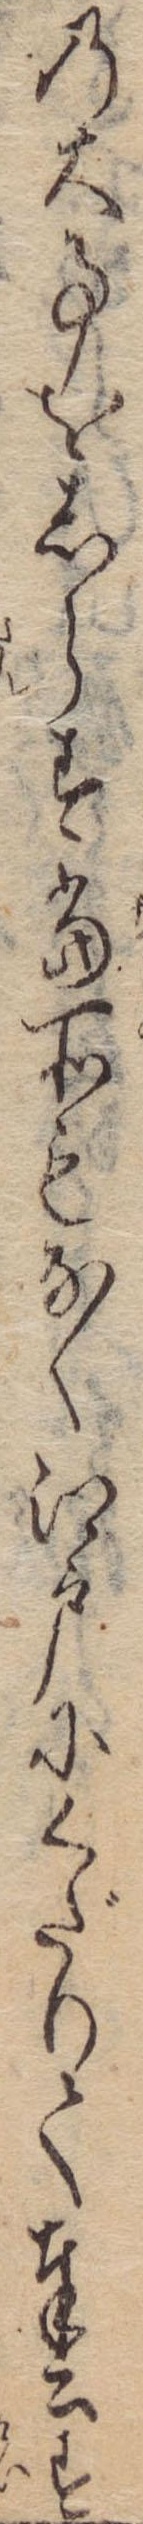
の大事をしらす当所もなく江戸にくだりて奉公す